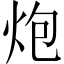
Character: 炮